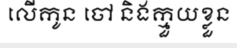
លើកូន ចៅ និងក្មួយខ្លួន